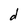
Character: d